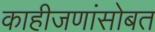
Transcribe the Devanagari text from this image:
काहीजणांसोबत